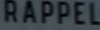
RAPPEL